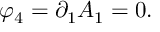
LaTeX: \varphi _ { 4 } = \partial _ { 1 } A _ { 1 } = 0 .